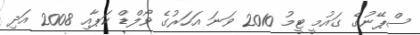
ސްޕޭނުގެ ގައުމީ ޓީމު 2010 ވަނަ އަހަރުގެ ވޯލްޑް ކަޕާއި 2008 އަދި